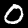
Label: 0